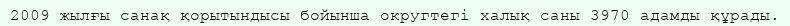
2009 жылғы санақ қорытындысы бойынша округтегі халық саны 3970 адамды құрады.